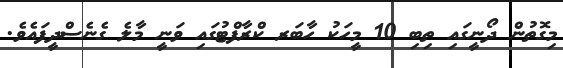
މިގޮތުން ދޯނީގައި ތިބި 10 މީހަކު ހާބަރ ކްރާފްޓުގައި ވަނީ މާލެ ގެނެސްދީފައެވެ.